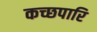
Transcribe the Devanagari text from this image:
कच्छपारि